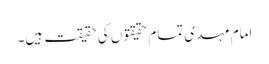
امام مہدی تمام حقیقتوں کی حقیقت ہیں۔